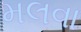
મલવા